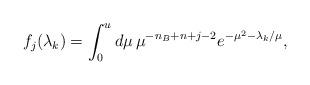
LaTeX: \begin{align*}f_j(\lambda_k)=\int_0^u d\mu\, \mu^{-n_ B+n+j-2}e^{-\mu^2-\lambda_k/\mu},\end{align*}